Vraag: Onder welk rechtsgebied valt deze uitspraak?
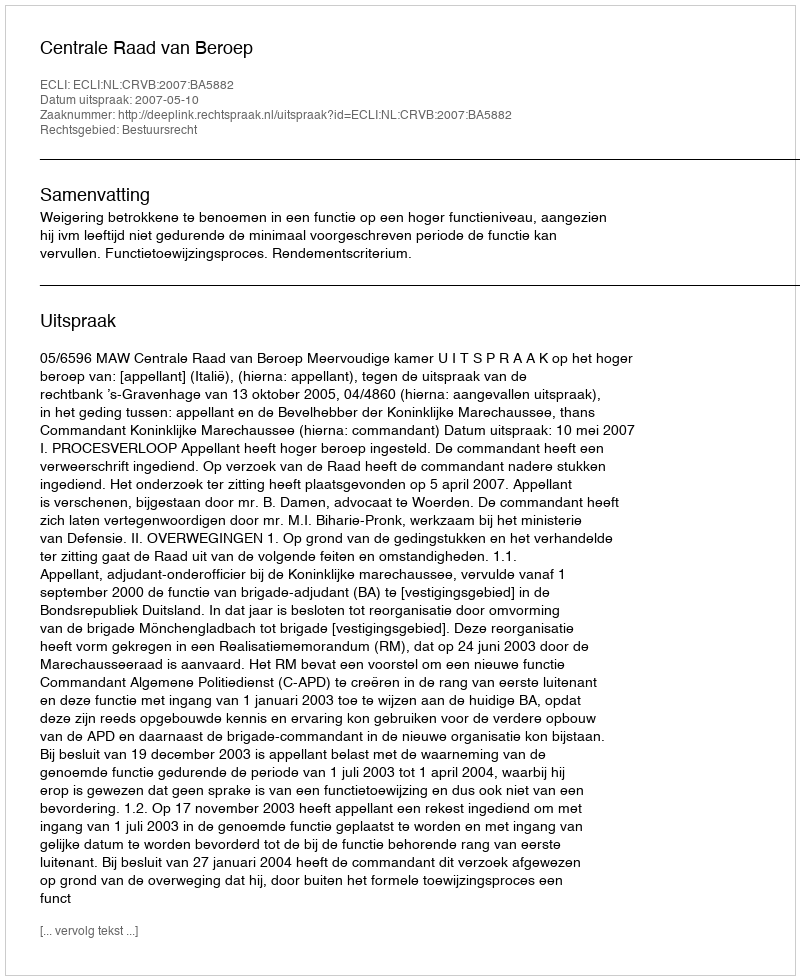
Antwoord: Bestuursrecht